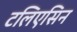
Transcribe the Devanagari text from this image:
टलिएसिन